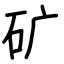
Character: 矿